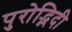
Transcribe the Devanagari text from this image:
पुरोद्भिदी